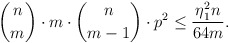
\begin{align*}\binom nm\cdot m \cdot \binom n{m-1} \cdot p^2\leq \frac{\eta_1^2n}{64m}.\end{align*}